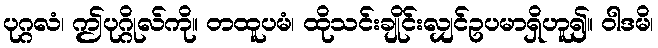
ပုဂ္ဂလံ၊ ဤပုဂ္ဂိုလ်ကို။ တထူပမံ၊ ထိုသင်းချိုင်းလျှင်ဥပမာရှိဟူ၍။ ဝါဒမိ၊